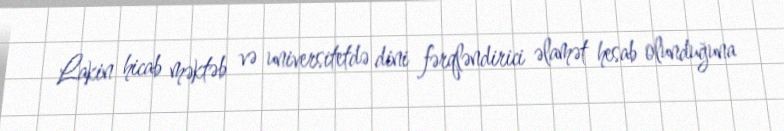
Lakin hicab məktəb və universitetdə dini fərqləndirici əlamət hesab olunduğuna